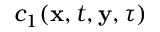
c _ { 1 } ( \mathbf x , t , \mathbf y , \tau )